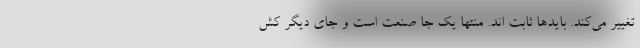
تغییر می‌کند. بایدها ثابت اند. منتها یک جا صنعت است و جای دیگر کش